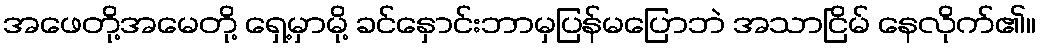
အဖေတို့အမေတို့ ရှေ့မှာမို့ ခင်နှောင်းဘာမှပြန်မပြောဘဲ အသာငြိမ် နေလိုက်၏။